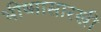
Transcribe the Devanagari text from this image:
भीष्मासारखी